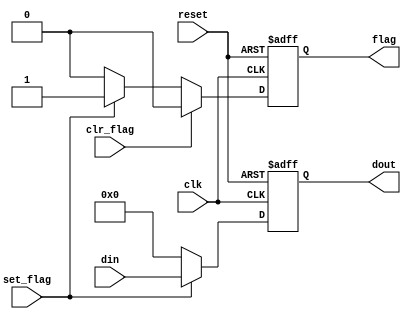
`timescale 1ns / 1ps
//////////////////////////////////////////////////////////////////////////////////
// Company: 
// Engineer: 
// 
// Design Name: 
// Module Name:    flag_buftx 
// Project Name: 
// Target Devices: 
// Tool versions: 
// Description: 
//
// Dependencies: 
//
// Revision: 
// Revision 0.01 - File Created
// Additional Comments: 
//
//////////////////////////////////////////////////////////////////////////////////
//Listing 8.2
module flag_buftx
   (
    input wire clk, reset,
    input wire clr_flag, set_flag,
    input wire [5:0] din,
    output wire flag,
    output wire [5:0] dout
   );

   // signal declaration
   reg [5:0] buf_reg, buf_next;
   reg flag_reg, flag_next;


   // body
   // FF & register
   always @(posedge clk, posedge reset)
      if (reset)
         begin
            buf_reg <= 5'b0;
            flag_reg <= 1'b0;
         end
      else
         begin
            buf_reg <= buf_next;
            flag_reg <= flag_next;
         end

   // next-state logic
   always @*
   begin
      buf_next = buf_reg;
      flag_next = flag_reg;
      if (set_flag)
         begin
            buf_next = din;
            flag_next = 1'b1;
         end
		else 
		   begin
            buf_next = 5'b0;
            flag_next = 1'b0;
         end
			
       if (clr_flag)
         flag_next = 1'b0;
   end
   // output logic
   assign dout = buf_reg;
   assign flag = flag_reg;

endmodule